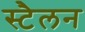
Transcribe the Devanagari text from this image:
स्टैलन